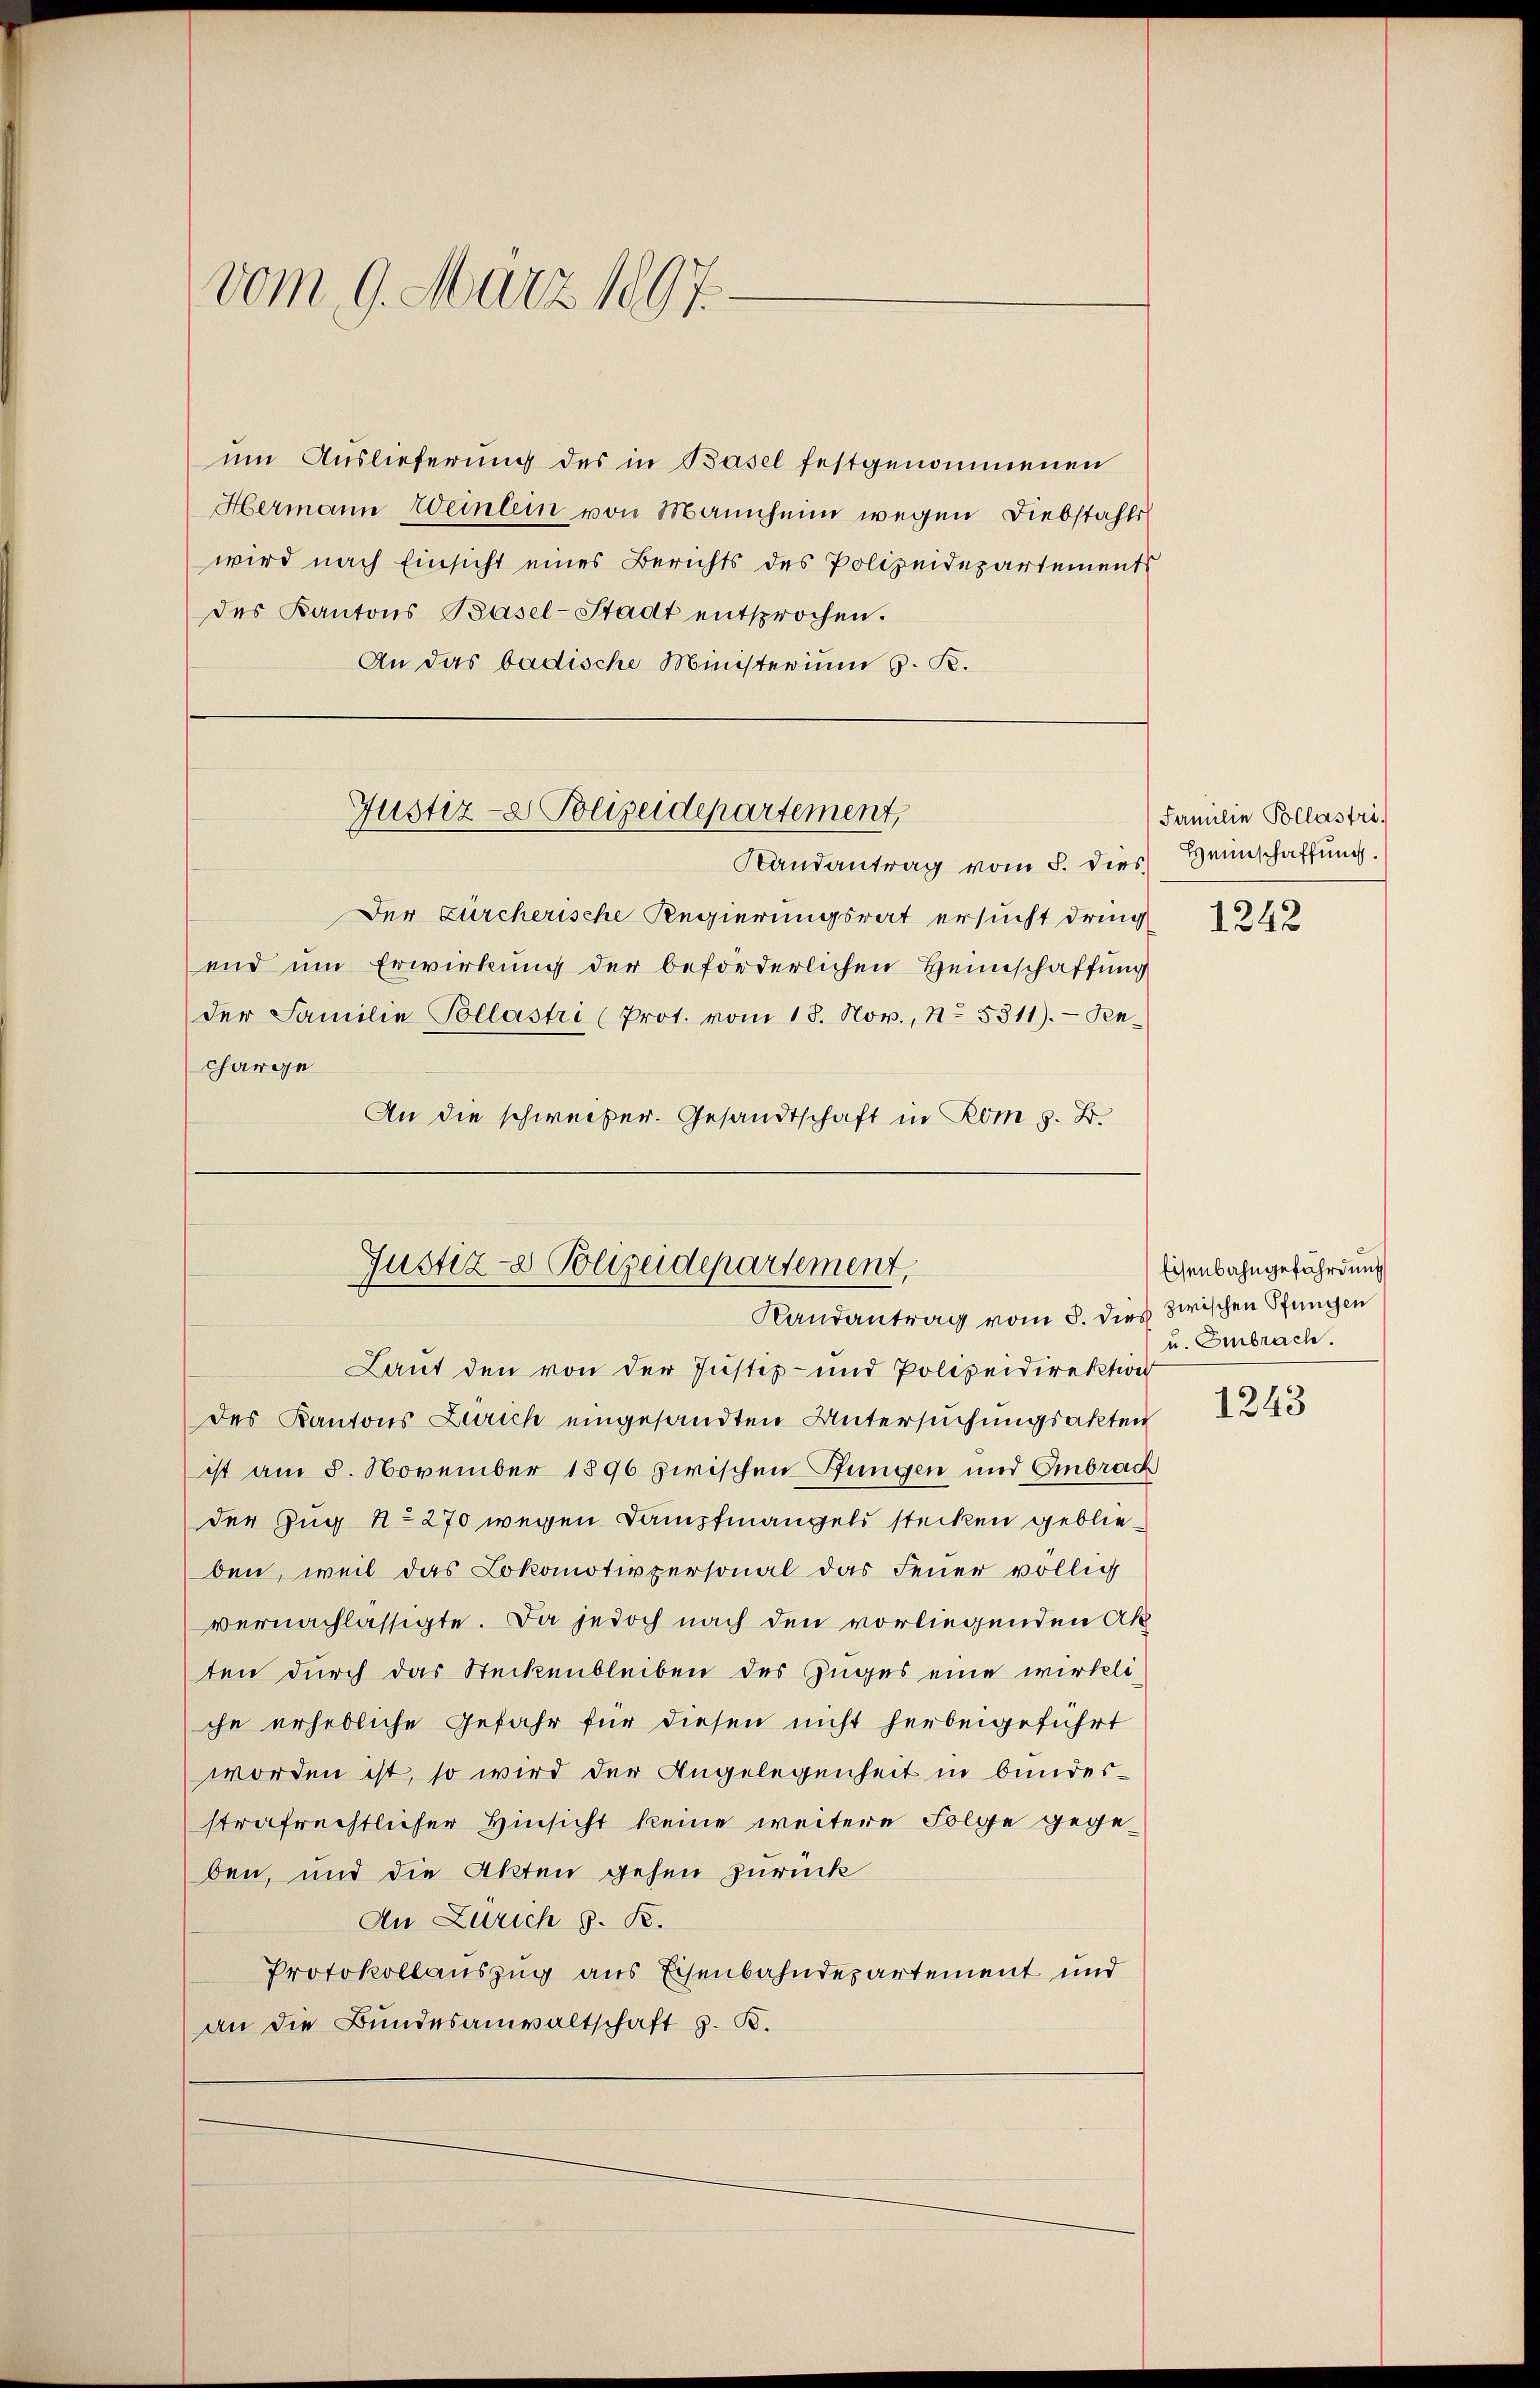
vom 9. März 1897.

um Auslieferung des in Basel festgenommenen
Hermann Weinlein von Mannheim wegen Diebstahls
wird nach Einsicht eines Berichts des Polizeidepartements
des Kantons Basel-Stadt entsprochen.
An das badische Ministerium 6. K.

Randantrag vom 5. dies
Der Zürcherische Regierungsrat ersucht dring
und um Erwirkung der beförderlichen Heimschaffung
der Familie Pollastri (Prot. vom 18. Nov., No. 5311). Pen-
charge
An die schweiber. Gesandtschaft in Rom z. B.

Justiz- & Polizeidepartement,

Justiz- & Polizeidepartement,
Landantrag vom 5. dies zwischen Pfungen

Laut den von der Justiz- und Polizeidirektion
des Kantons Zürich eingesandten Untersuchungsakten
ist am 8. November 1896 zwischen Pfungen und Embrach
der Zug No 270 wegen Dampfmangels stecken geblieben, weil das Lokomotivpersonal das Feuer völlig
vernachlässigte. Da jedoch nach den vorliegenden Ak
ten durch das Steckenbleiben des Zuges eine wirkliche erhebliche Gefahr für diesen nicht herbeigeführt
worden ist, so wird der Angelegenheit in bundesstrafrechtlicher Hinsicht keine weitere Folge gegeben, und die Akten gehen zurück
An Zürich z. K.
Protokollauszug aus Eisenbahndepartement und
an die Bundesanwaltschaft z. B.

Familie Pollastri
Heimschaffung.

1242

Eisenbahngefährdung
u. Embrach.

1243